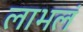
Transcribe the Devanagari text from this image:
लाभलं